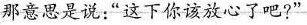
那意思是说：”这下你该放心了吧?”